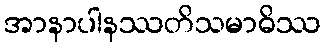
အာနာပါနဿတိသမာဓိဿ